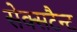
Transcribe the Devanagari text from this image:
सेक्सटैन्ट